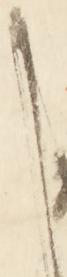
か